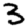
Digit: 3